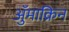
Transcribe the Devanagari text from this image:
ॲुमाक्रिन